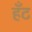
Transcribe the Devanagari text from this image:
हँट